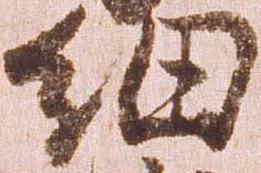
細